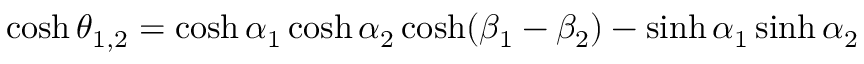
\cosh \theta _ { 1 , 2 } = \cosh \alpha _ { 1 } \cosh \alpha _ { 2 } \cosh ( \beta _ { 1 } - \beta _ { 2 } ) - \sinh \alpha _ { 1 } \sinh \alpha _ { 2 }